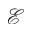
\mathcal { E }